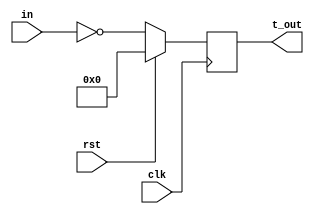
// T Flip Flop

module Day16_T_FF(input clk,
                  input [3:0]in,
                  input rst,            //active high reeset
                  output reg [3:0]t_out);
  
  always @(posedge clk)
    begin
      if(rst)
        t_out <= 4'b0000;
      else
        t_out <= ~in;
    end
endmodule